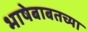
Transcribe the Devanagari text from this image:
भाषेबाबतच्या